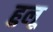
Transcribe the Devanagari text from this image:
हुलू